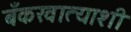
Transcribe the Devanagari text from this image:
बँकखात्याशी